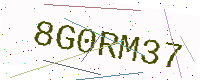
Text: 8G0RM37